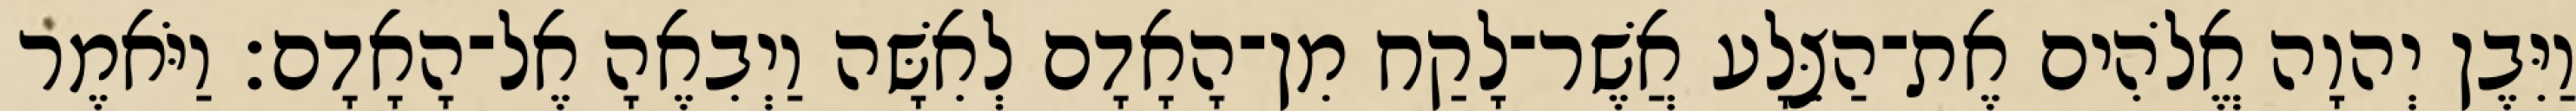
וַיִּבֶן יְהוָה אֱלֹהִים אֶת־הַצֵּלָע אֲשֶׁר־לָקַח מִן־הָאָדָם לְאִשָּׁה וַיְבִאֶהָ אֶל־הָאָדָם׃ וַיֹּאמֶר